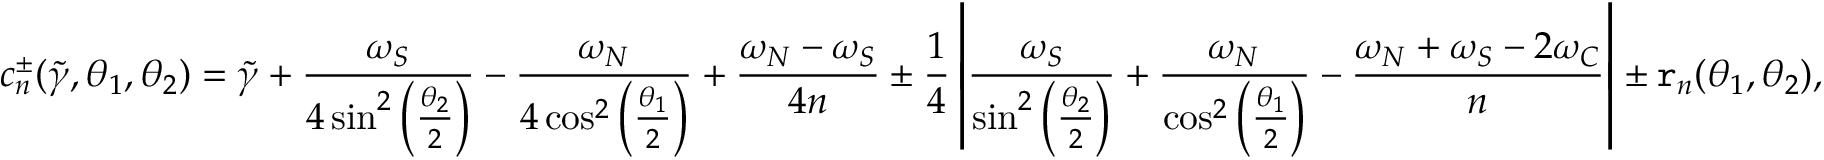
c _ { n } ^ { \pm } ( \widetilde { \gamma } , \theta _ { 1 } , \theta _ { 2 } ) = \widetilde { \gamma } + \frac { \omega _ { S } } { 4 \sin ^ { 2 } \left( \frac { \theta _ { 2 } } { 2 } \right) } - \frac { \omega _ { N } } { 4 \cos ^ { 2 } \left( \frac { \theta _ { 1 } } { 2 } \right) } + \frac { \omega _ { N } - \omega _ { S } } { 4 n } \pm \frac { 1 } { 4 } \left| \frac { \omega _ { S } } { \sin ^ { 2 } \left( \frac { \theta _ { 2 } } { 2 } \right) } + \frac { \omega _ { N } } { \cos ^ { 2 } \left( \frac { \theta _ { 1 } } { 2 } \right) } - \frac { \omega _ { N } + \omega _ { S } - 2 \omega _ { C } } { n } \right| \pm \mathtt { r } _ { n } ( \theta _ { 1 } , \theta _ { 2 } ) ,